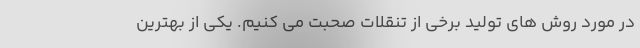
در مورد روش های تولید برخی از تنقلات صحبت می کنیم. یکی از بهترین